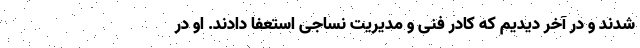
شدند و در آخر دیدیم که کادر فنی و مدیریت نساجی استعفا دادند. او در